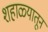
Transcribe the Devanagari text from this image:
शहाळ्यातून